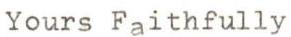
Yours Faithfully